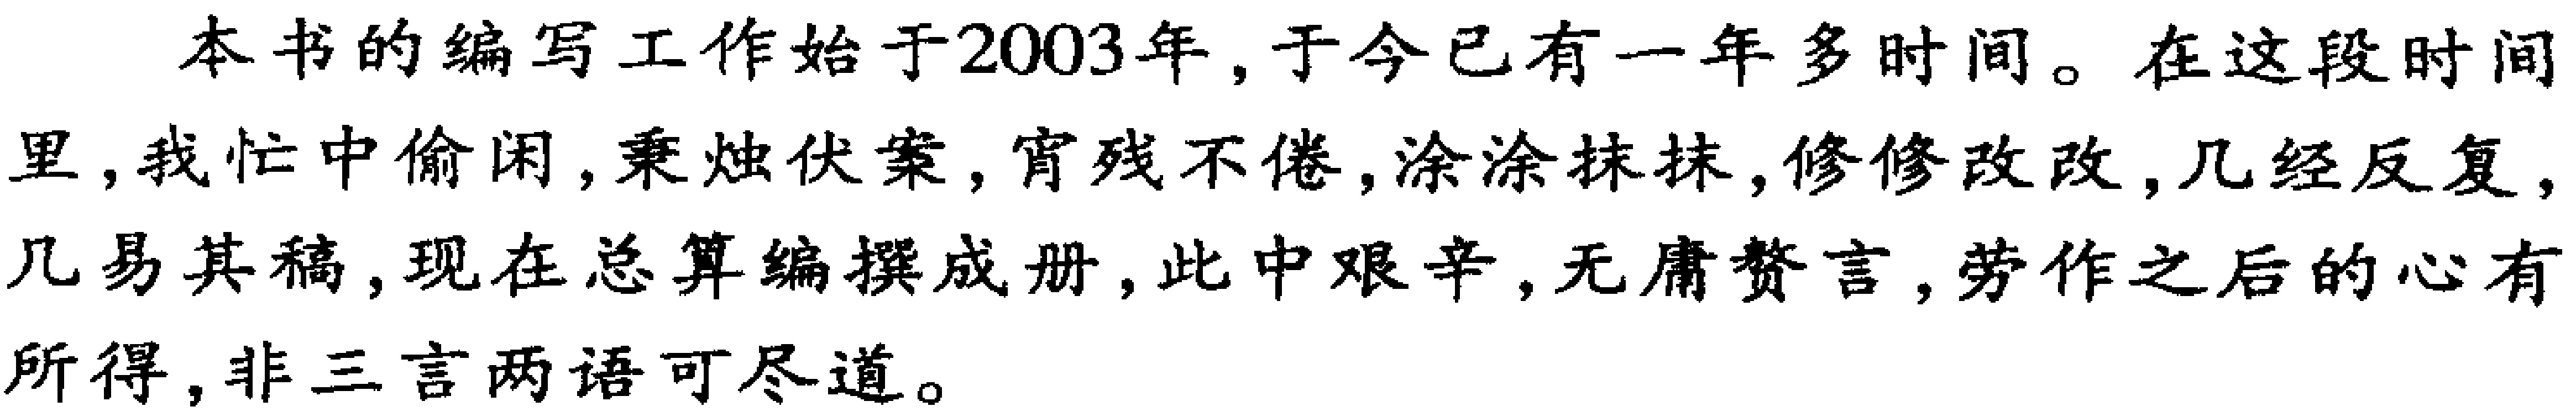
本书的编写工作始于2003年, 于今已有一年多时间。在这段时间里, 我忙中偷闲, 秉烛伏案, 宵残不倦, 涂涂抹抹, 修修改改, 几经反复, 几易其稿, 现在总算编撰成册, 此中艰辛, 无庸赘言, 劳作之后的心有所得, 非三言两语可尽道。